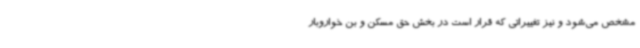
مشخص می‌شود و نیز تغییراتی که قرار است در بخش حق مسکن و بن خواروبار